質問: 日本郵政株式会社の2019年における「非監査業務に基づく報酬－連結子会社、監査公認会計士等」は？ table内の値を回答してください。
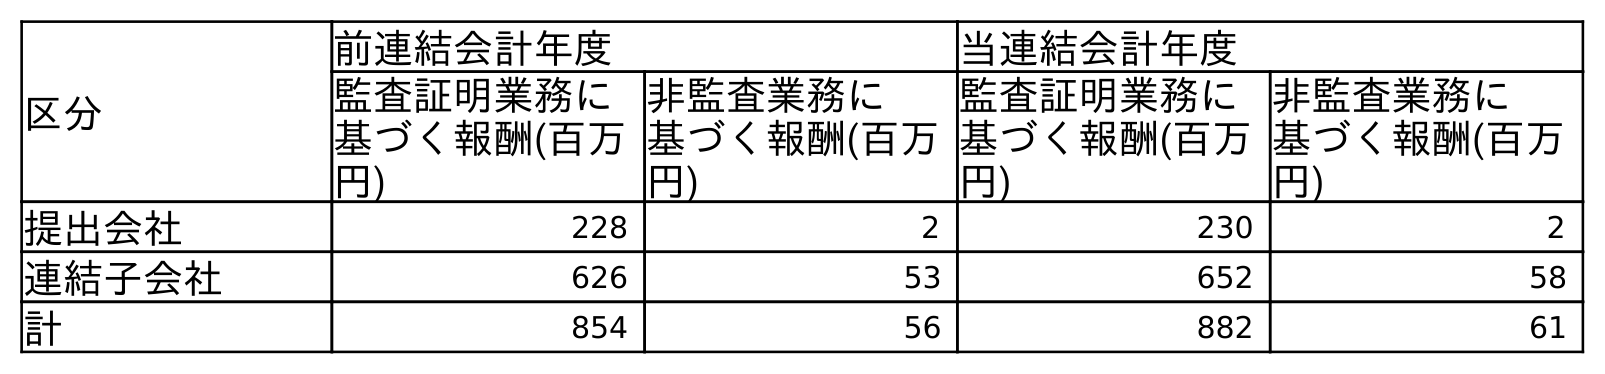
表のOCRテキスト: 区分 前連結会計年度 当連結会計年度 監査証明業務に 基づく報酬(百万 円) 非監査業務に 基づく報酬(百万 円) 監査証明業務に 基づく報酬(百万 円) 非監査業務に 基づく報酬(百万 円) 提出会社 228 2 230 2 連結子会社 626 53 652 58 計 854 56 882 61
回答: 53